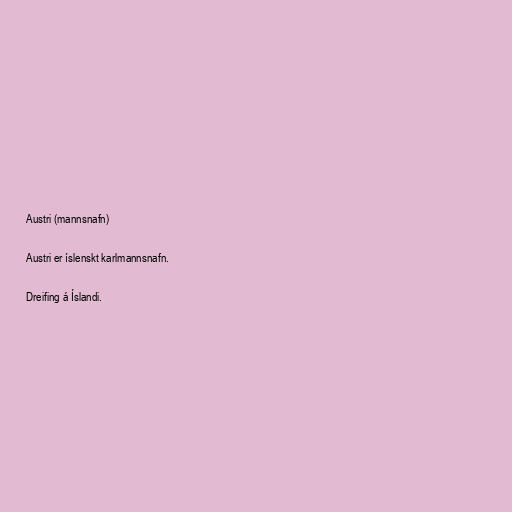
Austri (mannsnafn)

Austri er íslenskt karlmannsnafn.

Dreifing á Íslandi.